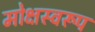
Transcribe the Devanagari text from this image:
मोक्षस्वरूप